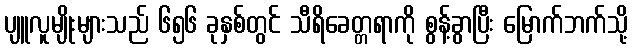
ပျူလူမျိုးများသည် ၆၅၆ ခုနှစ်တွင် သီရိခေတ္တရာကို စွန့်ခွာပြီး မြောက်ဘက်သို့